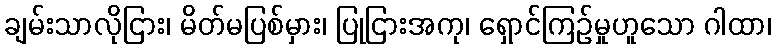
ချမ်းသာလိုငြား၊ မိတ်မပြစ်မှား၊ ပြုငြားအကု၊ ရှောင်ကြဉ်မှုဟူသော ဂါထာ၊